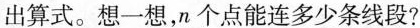
出算式。想一想，n个点能连多少条线段？